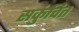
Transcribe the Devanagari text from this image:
सकुंचित